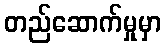
တည်ဆောက်မှုမှာ